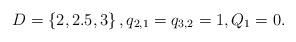
LaTeX: \begin{align*}&D=\left\lbrace 2,2.5,3\right\rbrace, q_{2,1}=q_{3,2}=1, {Q_1=0}.\end{align*}